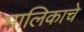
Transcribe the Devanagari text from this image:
मालिकाचे